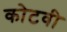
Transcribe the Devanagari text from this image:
कोटवी